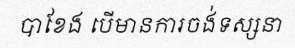
បាខែង បើមានការចង់ទស្សនា